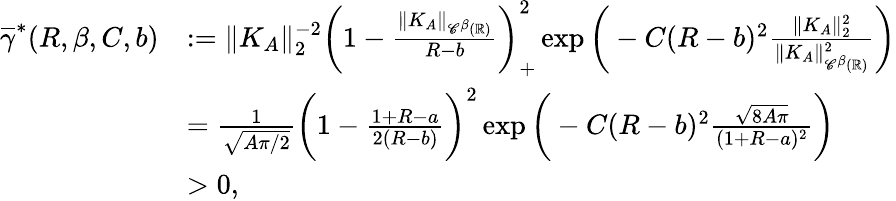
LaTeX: \begin{array}{rl}{\overline{\gamma}^{*}(R,\beta,C,b)}&{:=\| K_{A}\| _{2}^{-2}\bigg(1-\frac{\| K_{A}\| _{{\mathscr C}^{\beta}({\mathbb R})}}{R-b}\bigg)_{+}^{2}\exp\bigg(-C(R-b)^{2}\frac{\| K_{A}\| _{2}^{2}}{\| K_{A}\| _{{\mathscr C}^{\beta}({\mathbb R})}^{2}}\bigg)}\\ &{=\frac{1}{\sqrt{A\pi/2}}\bigg(1-\frac{1+R-a}{2(R-b)}\bigg)^{2}\exp\bigg(-C(R-b)^{2}\frac{\sqrt{8A\pi}}{(1+R-a)^{2}}\bigg)}\\ &{>0,}\end{array}